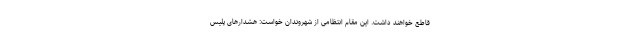
قاطع خواهند داشت. این مقام انتظامی از شهروندان خواست: هشدار‌های پلیس